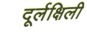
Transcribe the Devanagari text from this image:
दूर्लक्षिली